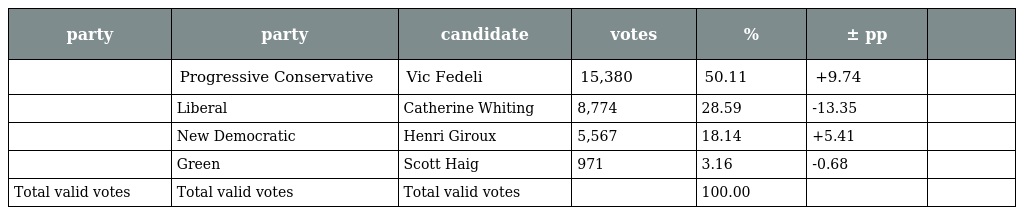
| party | party | candidate | votes | % | ± pp |  |
 | --- | --- | --- | --- | --- | --- | --- |
 |  | Progressive Conservative | Vic Fedeli | 15,380 | 50.11 | +9.74 |  |
 |  | Liberal | Catherine Whiting | 8,774 | 28.59 | -13.35 |  |
 |  | New Democratic | Henri Giroux | 5,567 | 18.14 | +5.41 |  |
 |  | Green | Scott Haig | 971 | 3.16 | -0.68 |  |
 | Total valid votes | Total valid votes | Total valid votes |  | 100.00 |  |  |